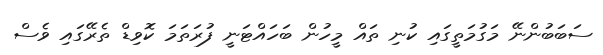
ސަބަބުންނޭ މަގުމަތީގައި ކުނި ތައް މީހުން ބަހައްޓަނީ ފުރަތަމަ ކޮވިޑް ތެރޭގައި ވެސް